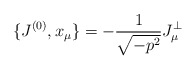
\begin{align*}\{J^{(0)},x_{\mu}\}=-\frac{1}{\sqrt{-p^{2}}}J^{\bot}_{\mu}\end{align*}